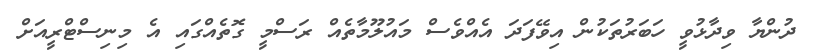
ދުންޔާ ވިދާޅުވީ ހަބަރުތަކުން އިވޭފަދަ އެއްވެސް މައުލޫމާތެއް ރަސްމީ ގޮތެއްގައި އެ މިނިސްޓްރީއަށް